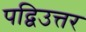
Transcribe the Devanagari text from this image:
पद्विउत्तर